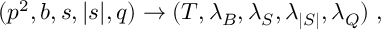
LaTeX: ( p ^ { 2 } , b , s , | s | , q ) \rightarrow ( T , \lambda _ { B } , \lambda _ { S } , \lambda _ { | S | } , \lambda _ { Q } ) \; ,